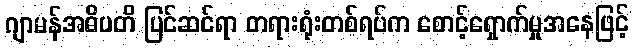
ဂျာမန်အဓိပတိ ပြင်ဆင်ရာ တရားရုံးတစ်ရပ်က စောင့်ရှောက်မှုအနေဖြင့်